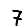
Digit: 7